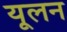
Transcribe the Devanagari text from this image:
यूलन